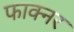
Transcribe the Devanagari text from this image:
फाक्नर